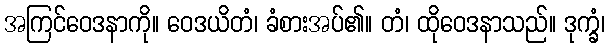
အကြင်ဝေဒနာကို။ ဝေဒယိတံ၊ ခံစားအပ်၏။ တံ၊ ထိုဝေဒနာသည်။ ဒုက္ခံ၊